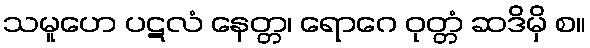
သမူဟေ ပဋလံ နေတ္တ၊ ရောဂေ ဝုတ္တံ ဆဒိမှိ စ။